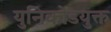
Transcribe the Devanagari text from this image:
युनिकोडयुक्त